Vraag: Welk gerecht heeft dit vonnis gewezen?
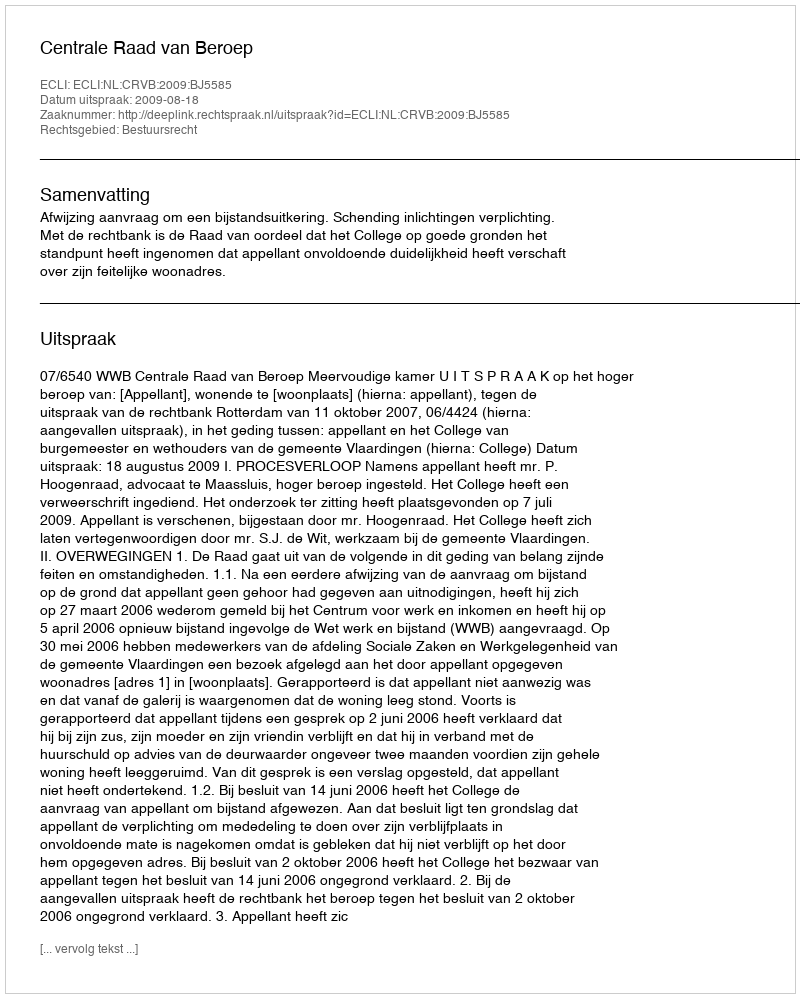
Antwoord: Centrale Raad van Beroep